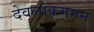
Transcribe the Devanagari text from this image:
देवलोकगमन